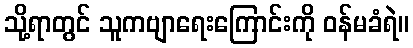
သို့ရာတွင် သူကဗျာရေးကြောင်းကို ဝန်မခံရဲ။